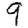
Digit: 9